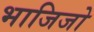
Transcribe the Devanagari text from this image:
भाजिजो